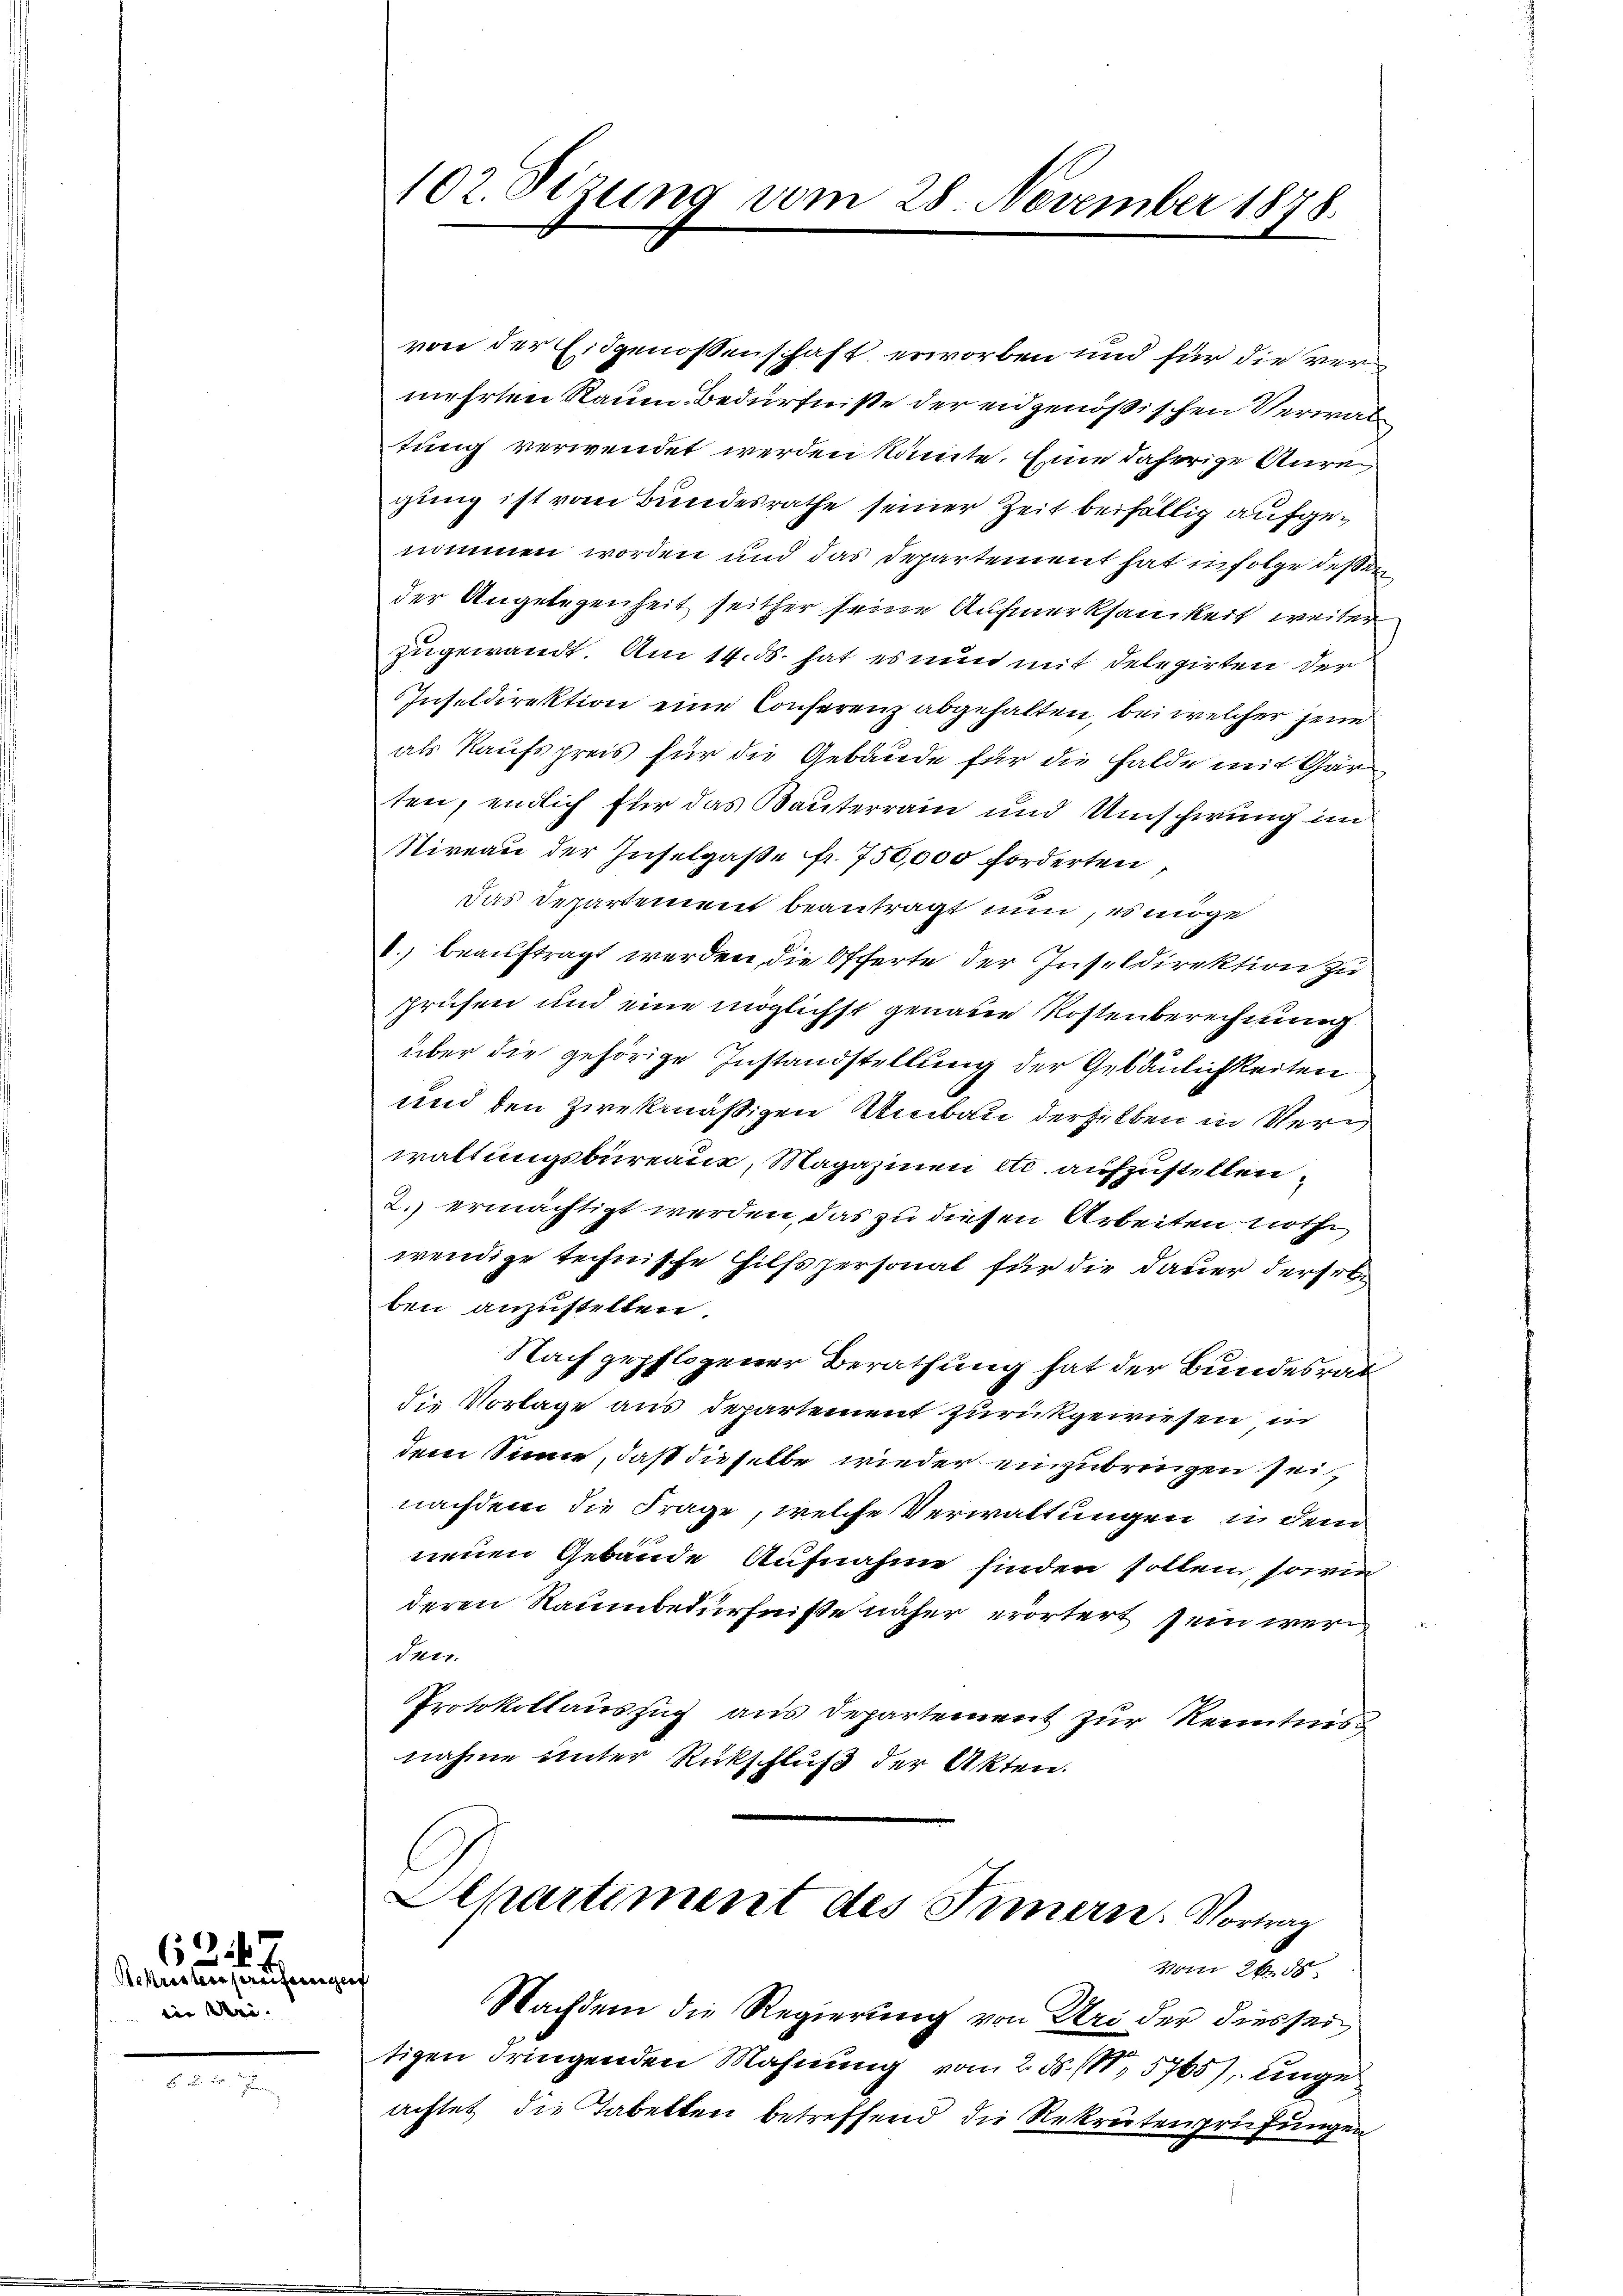
Rekroskonsereifennige |
in dei- |

6247

2. J

102. Sitzung vom 28. November 1878.

von der Eidgenossenschaft erworben und für die ver
mehrten Raum Bedürfniße der eidgenößischen Verwal
tung verwendet werden könnte. Eine daherige Anregung ist vom Bundesrathe seiner Zeit beifällig aufgenommen worden und das Departement hat in Folge dessen
der Angelegenheit seither seine Aufmerksamkeit weiter
zugewandt. Am 14. ds. hat es nun mit Delegirten der
Inseldirektion eine Conferenz abgehalten, bei welcher jene
als Kaufspreis für die Gebäude für die Halde mit Gar
ten, endlich für das Bauterrain und Umscherung im
Niveau der Inselgaße fr. 750,000 forderten
das Departement beantragt nun, es möge
.) beauftragt werden, die Offerte der Inseldirektion zu
prüsen und eine möglichst genaue Kostenberechnung
über die gehörige Instandstellung der Gebäulichkeiten
und den zwekmäßigen Umbau derselben in Verwaltungsbureaux, Magazinen etc. aufzustellen,
2. ermächtigt werden, das zu diesen Arbeiten nothwendige technische Hilfspersonal für die Dauer derset
ben anzustellen.
Nach gepflogener Berathung hat der Bundesrat
die Vorlage aus Departement zurückgewiesen in
dem Sinne, daß dieselbe wieder einzubringen sei,
nachdem die Frage, welche Verwaltungen, in dem
neuen Gebäude Aufnahme finden sollen, sowie
deren Raumbedürfniße näher erörtert sein werd
duir
Protokollauszug aus Departement zur Kenntnis
nahme unter Rückschluß der Akten.
Schartiment des Innern. Vortrag
vom 26. d

Nachdem die Regierung von Uri der diesser
tigen dringenden Mahnung vom 2. d. 111,5765), unge
achtet die Tabelten betreffend die Rekrutenprüfungen